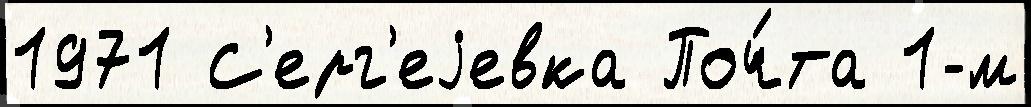
1971 С'ерг'еjевка Поч́та 1-м